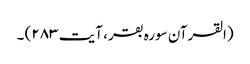
(القرآن سورہ بقر، آیت ۲۸۳) ۔